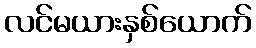
လင်မယားနှစ်ယောက်